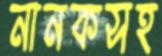
নানকসহ